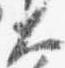
大